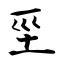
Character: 坙